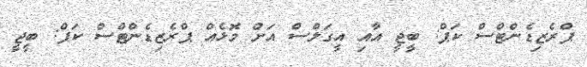
ޕްރެޒިޑެންޓްސް ކަޕް: ބީޖީ އާއި އީގަލްސް އަށް މޮޅެއް ޕްރެޒިޑެންޓްސް ކަޕް: ބީޖީ